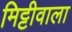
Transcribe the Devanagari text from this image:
मिट्टीवाला